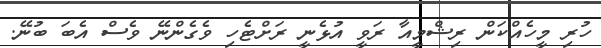
ހުރި މީހެއްކަން ރިޝްމީއާ ރަވީ އުޅެނީ ރަށްޓެހި ވެގެންނޭ ވެސް އެބަ ބުނޭ.